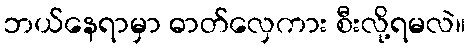
ဘယ်နေရာမှာ ဓာတ်လှေကား စီးလို့ရမလဲ။